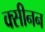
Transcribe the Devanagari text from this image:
क्सीनन